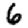
Digit: 6